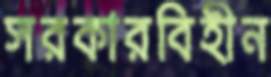
সরকারবিহীন